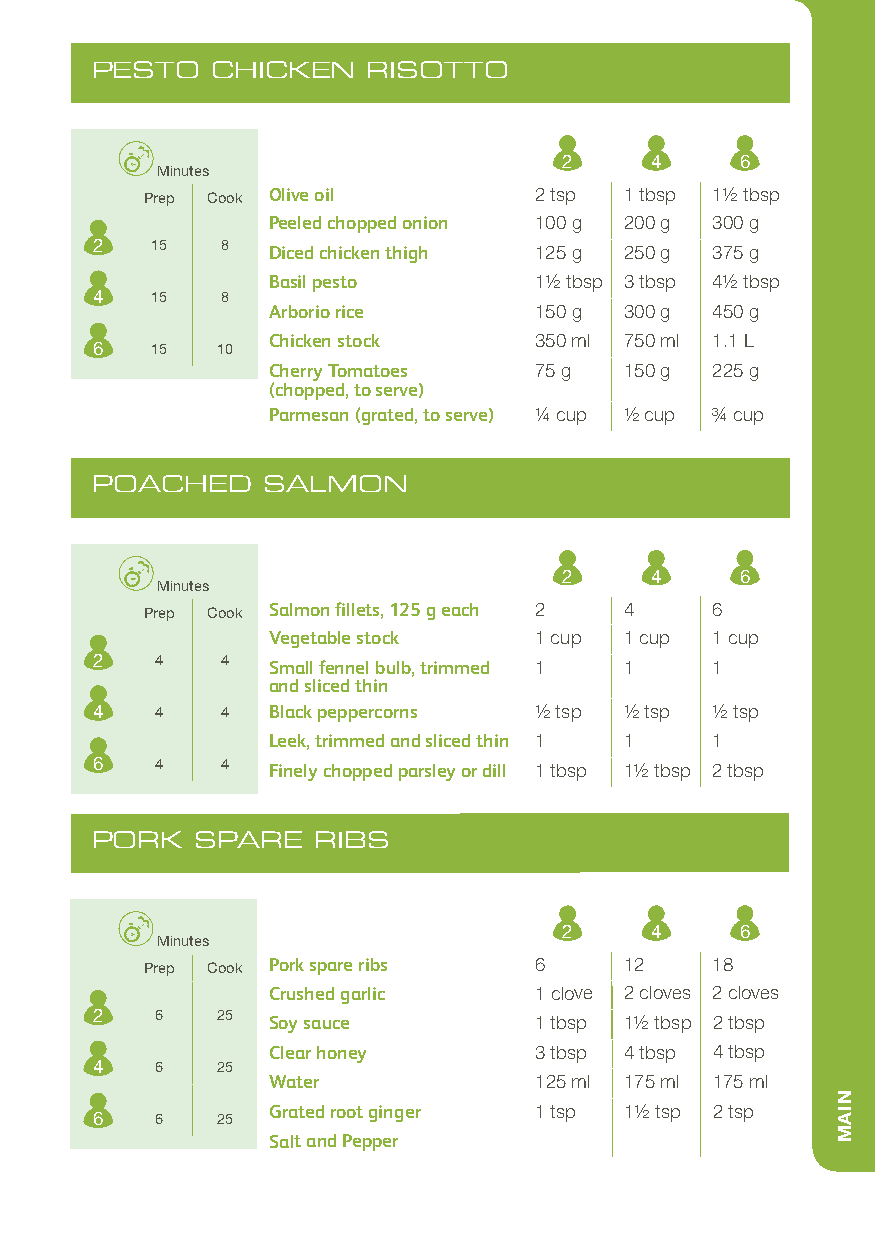
PESTO   CHICKEN   RISOTTO
 2     4     6
 Minutes
 Prep Cook Olive oil      2 tsp 1 tbsp 11/2 tbsp
 Peeled chopped onion 100 g 200 g 300 g
 2   15   8  Diced chicken thigh 125 g 250 g 375 g
 Basil pesto      11/2 tbsp 3 tbsp 41/2 tbsp
 4   15   8
 Arborio rice     150 g 300 g 450 g
 Chicken stock    350 ml 750 ml 1.1 L
 6   15  10
 Cherry Tomatoes  75 g  150 g 225 g
 (chopped, to serve)
 Parmesan (grated, to serve) 1/4 cup 1/2 cup 3/4 cup
 POACHED    SALMON
 2     4     6
 Minutes
 Prep Cook Salmon fillets, 125 g each 2 4 6
 Vegetable stock  1 cup 1 cup 1 cup
 2   4    4  Small fennel bulb, trimmed 1 1 1
 and sliced thin
 4   4    4  Black peppercorns 1/2 tsp 1/2 tsp 1/2 tsp
 Leek, trimmed and sliced thin 1 1 1
 6   4    4  Finely chopped parsley or dill 1 tbsp 11/2 tbsp 2 tbsp
 PORK   SPARE   RIBS
 2     4     6
 Minutes
 Prep Cook Pork spare ribs 6     12    18
 Crushed garlic   1 clove 2 cloves 2 cloves
 2   6   25  Soy sauce        1 tbsp 11/2 tbsp 2 tbsp
 Clear honey      3 tbsp 4 tbsp 4 tbsp
 4   6   25
 Water            125 ml 175 ml 175 ml
 Grated root ginger 1 tsp 11/2 tsp 2 tsp
 6   6   25
 Salt and Pepper
 NIAM